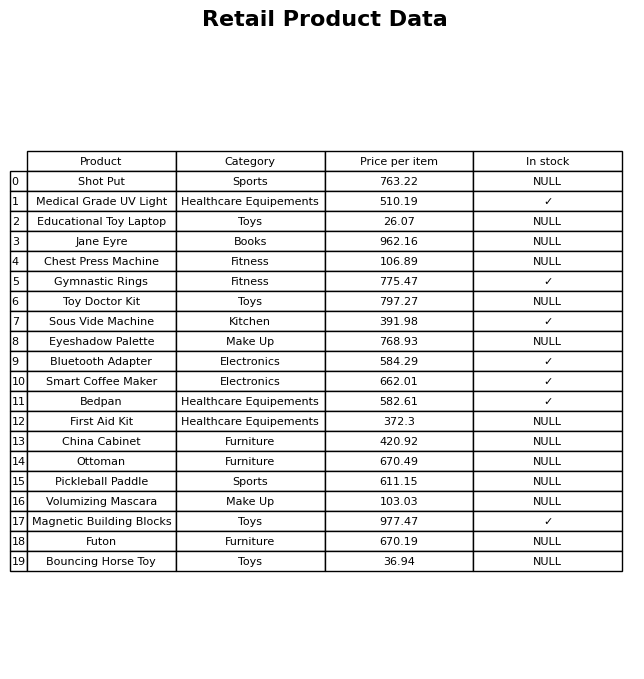
question: What is the stock status of the Volumizing Mascara?
answer: NULL